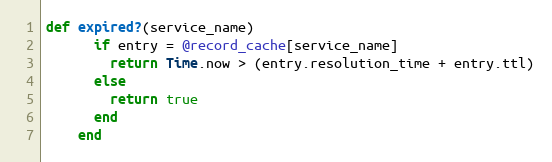
Language: Ruby
def expired?(service_name)
      if entry = @record_cache[service_name]
        return Time.now > (entry.resolution_time + entry.ttl)
      else
        return true
      end
    end